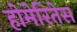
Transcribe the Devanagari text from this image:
होमेरितेस